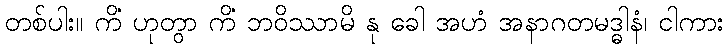
တစ်ပါး။ ကိံ ဟုတွာ ကိံ ဘဝိဿာမိ နု ခေါ အဟံ အနာဂတမဒ္ဓါနံ၊ ငါကား